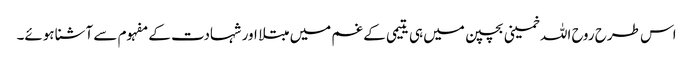
اس طرح روح اللہ خمینی بچپن میں ہی یتیمی کے غم میں مبتلا اور شہادت کے مفہوم سے آشنا ہوئے۔